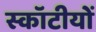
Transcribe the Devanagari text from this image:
स्कॉटीयों